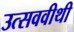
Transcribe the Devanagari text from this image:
उत्सववीथी